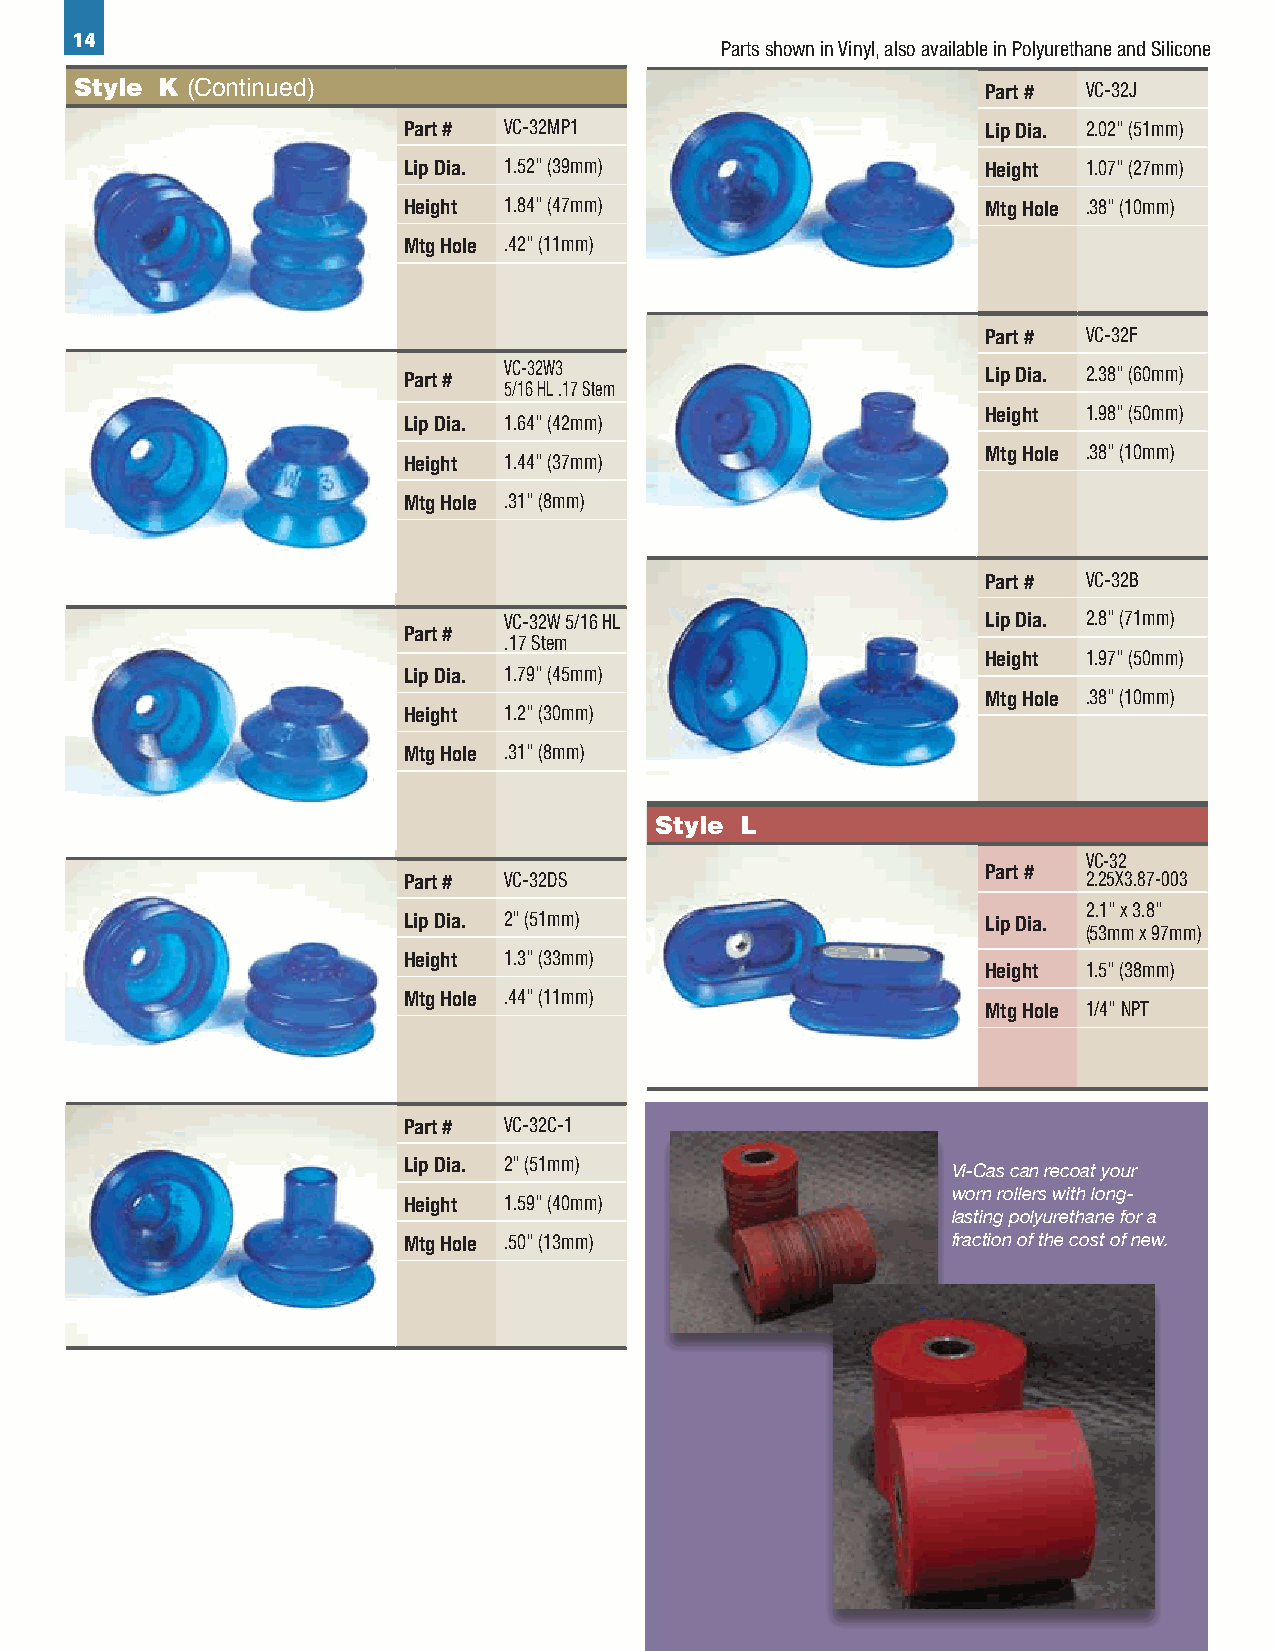
14
 Parts shown in Vinyl, also available in Polyurethane and Silicone
 Style K (Continued)                                         Part # VC-32J
 Part # VC-32MP1                       Lip Dia. 2.02" (51mm)
 Lip Dia. 1.52" (39mm)                 Height 1.07" (27mm)
 Height 1.84" (47mm)                   Mtg Hole .38" (10mm)
 Mtg Hole .42" (11mm)
 Part # VC-32F
 Part # VC-32W3                        Lip Dia. 2.38" (60mm)
 5/16 HL .17 Stem
 Height 1.98" (50mm)
 Lip Dia. 1.64" (42mm)
 Mtg Hole .38" (10mm)
 Height 1.44" (37mm)
 Mtg Hole .31" (8mm)
 Part # VC-32B
 VC-32W 5/16 HL                  Lip Dia. 2.8" (71mm)
 Part #
 .17 Stem
 Height 1.97" (50mm)
 Lip Dia. 1.79" (45mm)
 Mtg Hole .38" (10mm)
 Height 1.2" (30mm)
 Mtg Hole .31" (8mm)
 Style L
 Part # VC-32D
 VC-32
 Part # VC-32DS                        LP ia pr t D # ia. 22..285" X(73.18m7-m0)03
 2.1" x 3.8"
 Lip Dia. 2" (51mm)                    HLiepi gDhiat. 1.97" (50mm)
 (53mm x 97mm)
 Height 1.3" (33mm)                    Mtg Hole .38" (10mm)
 Height 1.5" (38mm)
 Mtg Hole .44" (11mm)
 Mtg Hole 1/4" NPT
 Part # VC-32C-1
 Lip Dia. 2" (51mm)                  Vi-Cas can recoat your
 worn rollers with long-
 Height 1.59" (40mm)
 lasting polyurethane for a
 Mtg Hole .50" (13mm)                fraction of the cost of new.